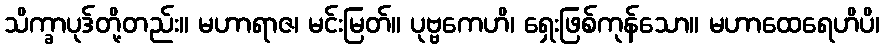
သိက္ခာပုဒ်တို့တည်း။ မဟာရာဇ၊ မင်းမြတ်။ ပုဗ္ဗကေဟိ၊ ရှေးဖြစ်ကုန်သော။ မဟာထေရေဟိပိ၊